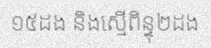
១៥ដង និងស្មើពិន្ទុ២ដង